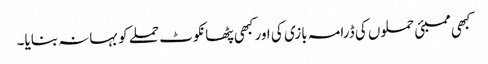
کبھی ممبئی حملوں کی ڈرامہ بازی کی اور کبھی پٹھانکوٹ حملے کو بہانہ بنایا۔